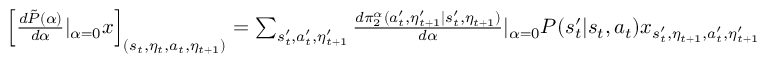
\begin{array} { r } { \left[ \frac { d \tilde { P } ( \alpha ) } { d \alpha } | _ { \alpha = 0 } x \right] _ { ( s _ { t } , \eta _ { t } , a _ { t } , \eta _ { t + 1 } ) } = \sum _ { s _ { t } ^ { \prime } , a _ { t } ^ { \prime } , \eta _ { t + 1 } ^ { \prime } } \frac { d \pi _ { 2 } ^ { \alpha } ( a _ { t } ^ { \prime } , \eta _ { t + 1 } ^ { \prime } | s _ { t } ^ { \prime } , \eta _ { t + 1 } ) } { d \alpha } | _ { \alpha = 0 } P ( s _ { t } ^ { \prime } | s _ { t } , a _ { t } ) x _ { s _ { t } ^ { \prime } , \eta _ { t + 1 } , a _ { t } ^ { \prime } , \eta _ { t + 1 } ^ { \prime } } } \end{array}